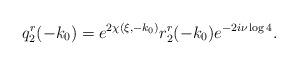
LaTeX: \begin{align*} q^r_2(-k_0)=e^{2\chi(\xi,-k_0)}{r}^{r}_2(-k_0)e^{-2i\nu\log 4}.\end{align*}